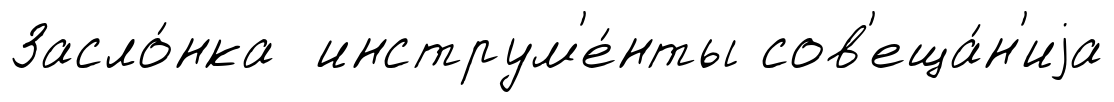
Засло́нка инструм'е́нты сов'еща́н'иjа